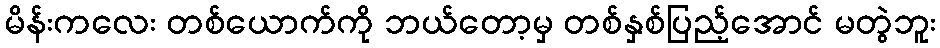
မိန်းကလေး တစ်ယောက်ကို ဘယ်တော့မှ တစ်နှစ်ပြည့်အောင် မတွဲဘူး